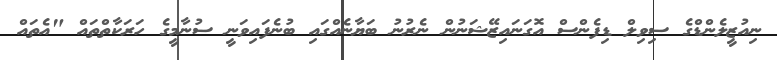
ނިއުޒީލެންޑްގެ ސިވިލް ޑިފެންސް އޮގަނައިޒޭޝަނުން ނެރުނު ބަޔާނެއްގައި ބުނެފައިވަނީ ސުނާމީގެ ހަރަކާތްތައް "އެތައް